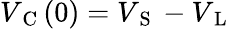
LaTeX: V_{\mathrm{~C~}}(0)=V_{\mathrm{~S~}}-V_{\mathrm{~L~}}